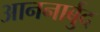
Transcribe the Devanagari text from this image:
आननार्बुद